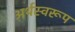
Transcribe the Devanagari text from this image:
अर्थस्वरूप